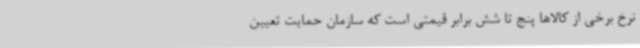
نرخ برخی از کالاها پنج تا شش برابر قیمتی است که سازمان حمایت تعیین